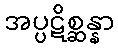
အပ္ပဋိစ္ဆန္နာ